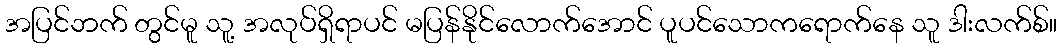
အပြင်ဘက် တွင်မူ သူ့ အလုပ်ရှိရာပင် မပြန်နိုင်လောက်အောင် ပူပင်သောကရောက်နေ သူ ဒါးလက်စ်။